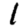
Digit: 1